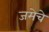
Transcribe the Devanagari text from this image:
जमेचे